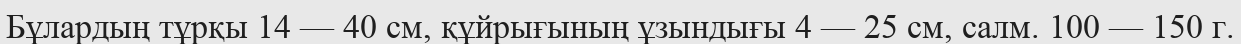
Бұлардың тұрқы 14 — 40 см, құйрығының ұзындығы 4 — 25 см, салм. 100 — 150 г.